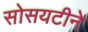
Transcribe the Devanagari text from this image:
सोसयटीने